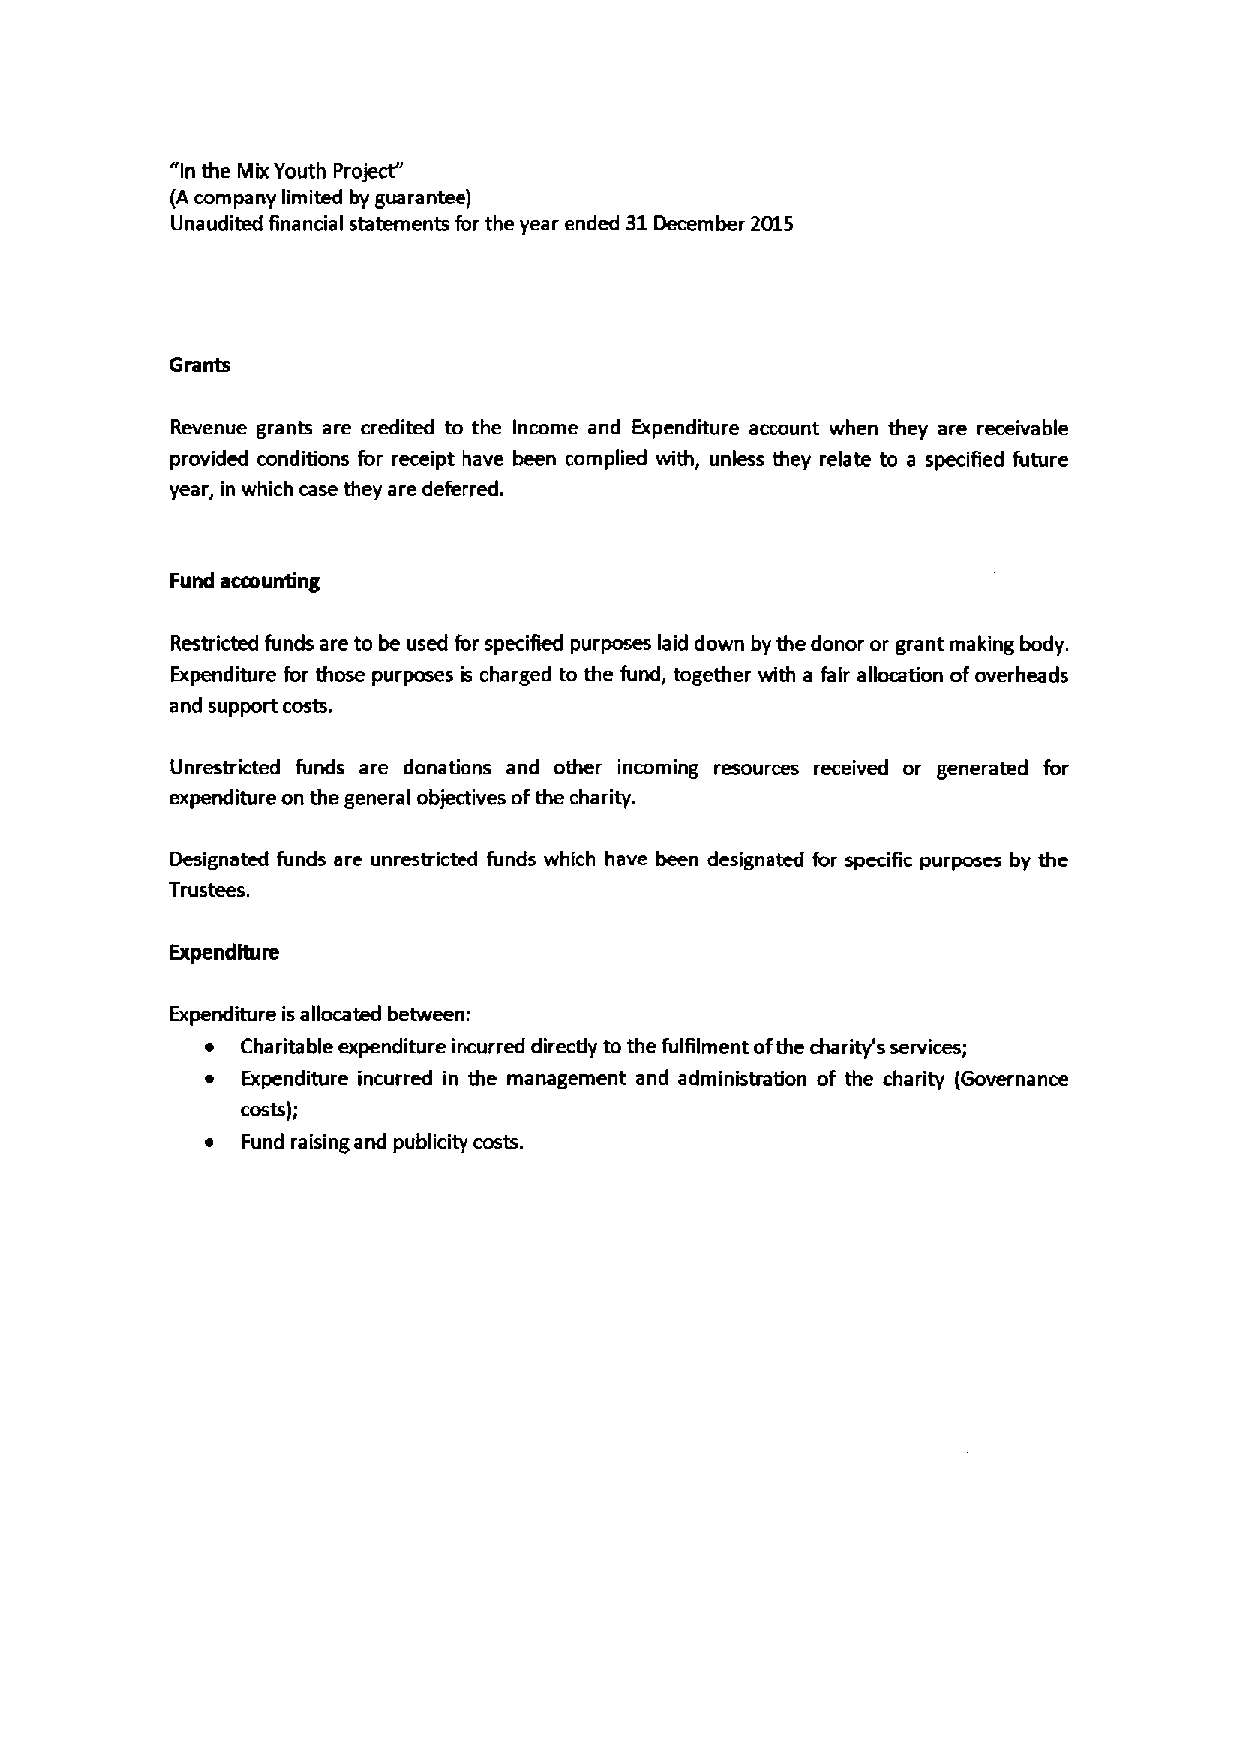
"In the Mix Youth Project"
 (A company limited by guarantee)
 Unaudited financial statements for the year ended 31December 2015
 Revenue grants are credited to the Income and Expenditure account when they are receivable
 provided conditions for receipt have been complied with, unless they relate to a specified future
 year, in which case they are deferred.
 Fund accounting
 Restricted funds are to be used for specified purposes laid down by the donor or grant making body.
 Expenditure for those purposes is charged to the fund, together with a fair allocation ofoverheads
 and support costs.
 Unrestricted funds are donations and other incoming resources received or generated for
 expenditure on the general objectives ofthe charity.
 Designated funds are unrestricted funds which have been designated for specific purposes by the
 Trustees.
 Expenditure
 Expenditure isallocated between:
 ~ Charitable expenditure incurred directly to the fulfilment ofthe charity's services;
 ~ Expenditure incurred in the management and administration of the charity (Governance
 costs);
 ~ Fund raising and publicity costs.